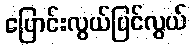
ပြောင်းလွယ်ပြင်လွယ်